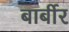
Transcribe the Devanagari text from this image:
बार्बीर